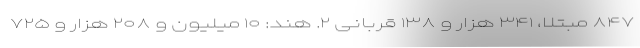
۸۴۷ مبتلا، ۳۴۱ هزار و ۱۳۸ قربانی ۲. هند: ۱۰ میلیون و ۲۰۸ هزار و ۷۲۵